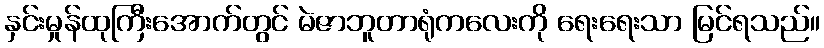
နှင်းမှုန်ထုကြီးအောက်တွင် မဲဇာဘူတာရုံကလေးကို ရေးရေးသာ မြင်ရသည်။